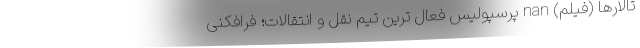
تالارها (فیلم) nan پرسپولیس فعال ترین تیم نقل و انتقالات؛ فرافکنی